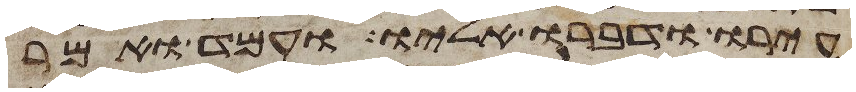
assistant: עירו ודברו אליו ועמד ואמר